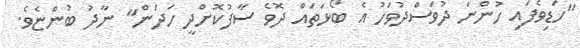
"ހަޑިވެފައި ހުންނަ ދުވަސްދުވަހު އެ ބޯޅަތައް ދޮވެ ސާފުކޮށްދީ ހަދަން" ނާދު ބުންޏެވެ.